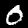
Digit: 0